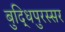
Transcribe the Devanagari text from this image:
बुद्धिपुरस्सर